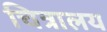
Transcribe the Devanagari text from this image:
चित्रालय